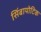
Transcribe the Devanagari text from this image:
सिंबायोटिक